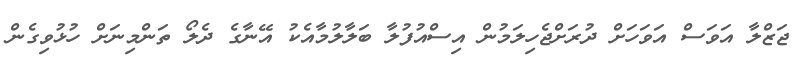
ޖަޒްލާ އަވަސް އަވަހަށް ދުރަށްޖެހިލަމުން އިސްއުފުލާ ބަލާލުމާއެކު އޭނާގެ ދެލޯ ތަންމިނަށް ހުޅުވިގެން